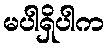
မပါရှိပါက